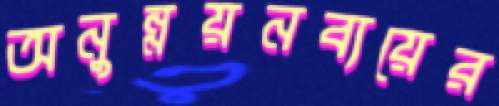
অনুন্নয়নব্যয়ের